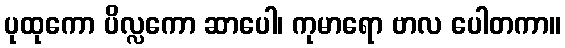
ပုထုကော ပိလ္လကော ဆာပေါ၊ ကုမာရော ဗာလ ပေါတကာ။